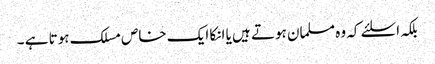
بلکہ اسلئے کہ وہ مسلمان ہوتے ہیں یا انکا ایک خاص مسلک ہوتا ہے ۔